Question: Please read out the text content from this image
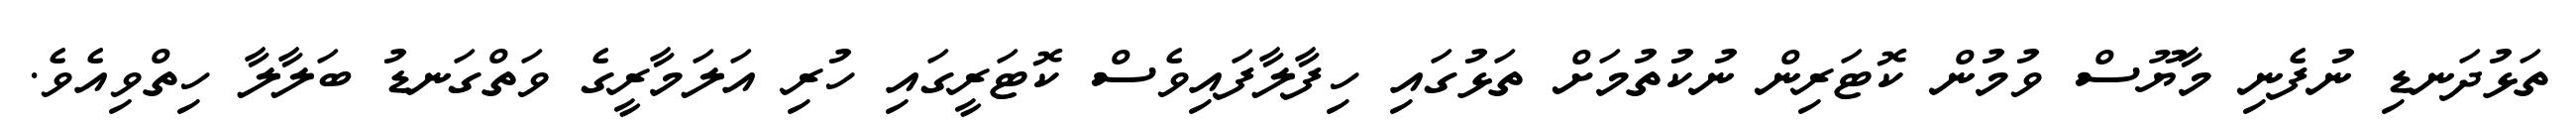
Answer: ތަޅުދަނޑި ނުފެނި މާޔޫސް ވުމުން ކޮޓަރިން ނުކުތުމަށް ތަޅުގައި ހިފާލާފައިވެސް ކޮޓަރީގައި ހުރި އަލަމާރީގެ ވަތްގަނޑު ބަލާލާ ހިތްވިއެވެ.